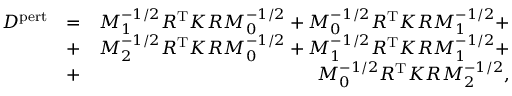
\begin{array} { r l r } { D ^ { \mathrm { p e r t } } } & { = } & { M _ { 1 } ^ { - 1 / 2 } R ^ { \mathrm { T } } K R M _ { 0 } ^ { - 1 / 2 } + M _ { 0 } ^ { - 1 / 2 } R ^ { \mathrm { T } } K R M _ { 1 } ^ { - 1 / 2 } + } \\ & { + } & { M _ { 2 } ^ { - 1 / 2 } R ^ { \mathrm { T } } K R M _ { 0 } ^ { - 1 / 2 } + M _ { 1 } ^ { - 1 / 2 } R ^ { \mathrm { T } } K R M _ { 1 } ^ { - 1 / 2 } + } \\ & { + } & { M _ { 0 } ^ { - 1 / 2 } R ^ { \mathrm { T } } K R M _ { 2 } ^ { - 1 / 2 } , } \end{array}